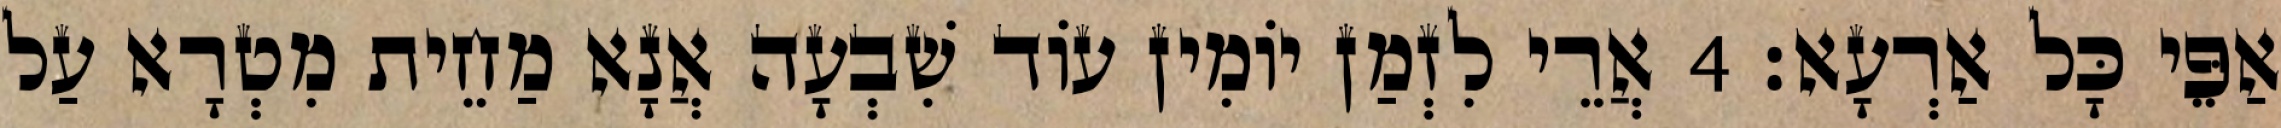
אַפֵּי כָּל אַרְעָא׃ 4 אֲרֵי לִזְמַן יוֹמִין עוֹד שִׁבְעָה אֲנָא מַחֵית מִטְרָא עַל